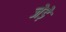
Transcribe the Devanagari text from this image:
जेड़े